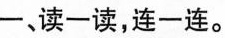
一、读一读，连一连。